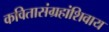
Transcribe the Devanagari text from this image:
कवितासंग्रहांशिवाय